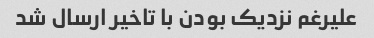
علیرغم نزدیک بودن با تاخیر ارسال شد